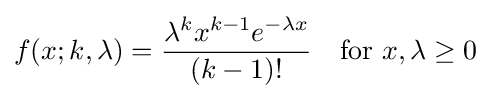
f(x;k,\lambda )={\lambda ^{k}x^{k-1}e^{-\lambda x} \over (k-1)!}\quad {\mbox{for }}x,\lambda \geq 0